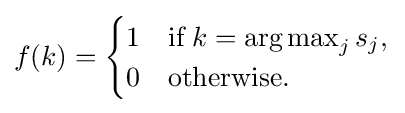
f(k)={\begin{cases}1&{\textrm {if}}\;k=\operatorname {\arg \max } _{j}s_{j},\\0&{\textrm {otherwise}}.\end{cases}}